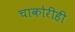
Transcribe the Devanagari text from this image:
चाकोरीही